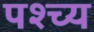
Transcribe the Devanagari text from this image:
पश्च्य